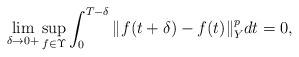
\begin{align*}\lim_{\delta\rightarrow 0+} \sup_{f\in\Upsilon} \int_0^{T-\delta} \Vert f(t+\delta) - f(t) \Vert_Y^p dt = 0 ,\end{align*}